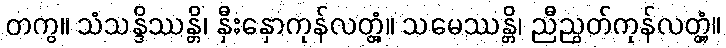
တကွ။ သံသန္ဒိဿန္တိ၊ နှီးနှောကုန်လတ္တံ့။ သမေဿန္တိ၊ ညီညွတ်ကုန်လတ္တံ့။